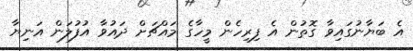
އެ ބަޔާނުގައިވާ ގޮތުން އެ ފިރިހެން މީހާގެ މައްޗަށް ދައުވާ އުފުލަން އަނިޔާ